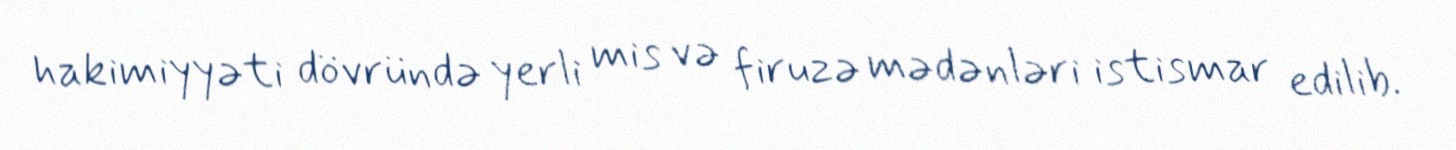
hakimiyyəti dövründə yerli mis və firuzə mədənləri istismar edilib.